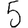
Digit: 5